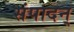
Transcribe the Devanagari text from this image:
संपादन्